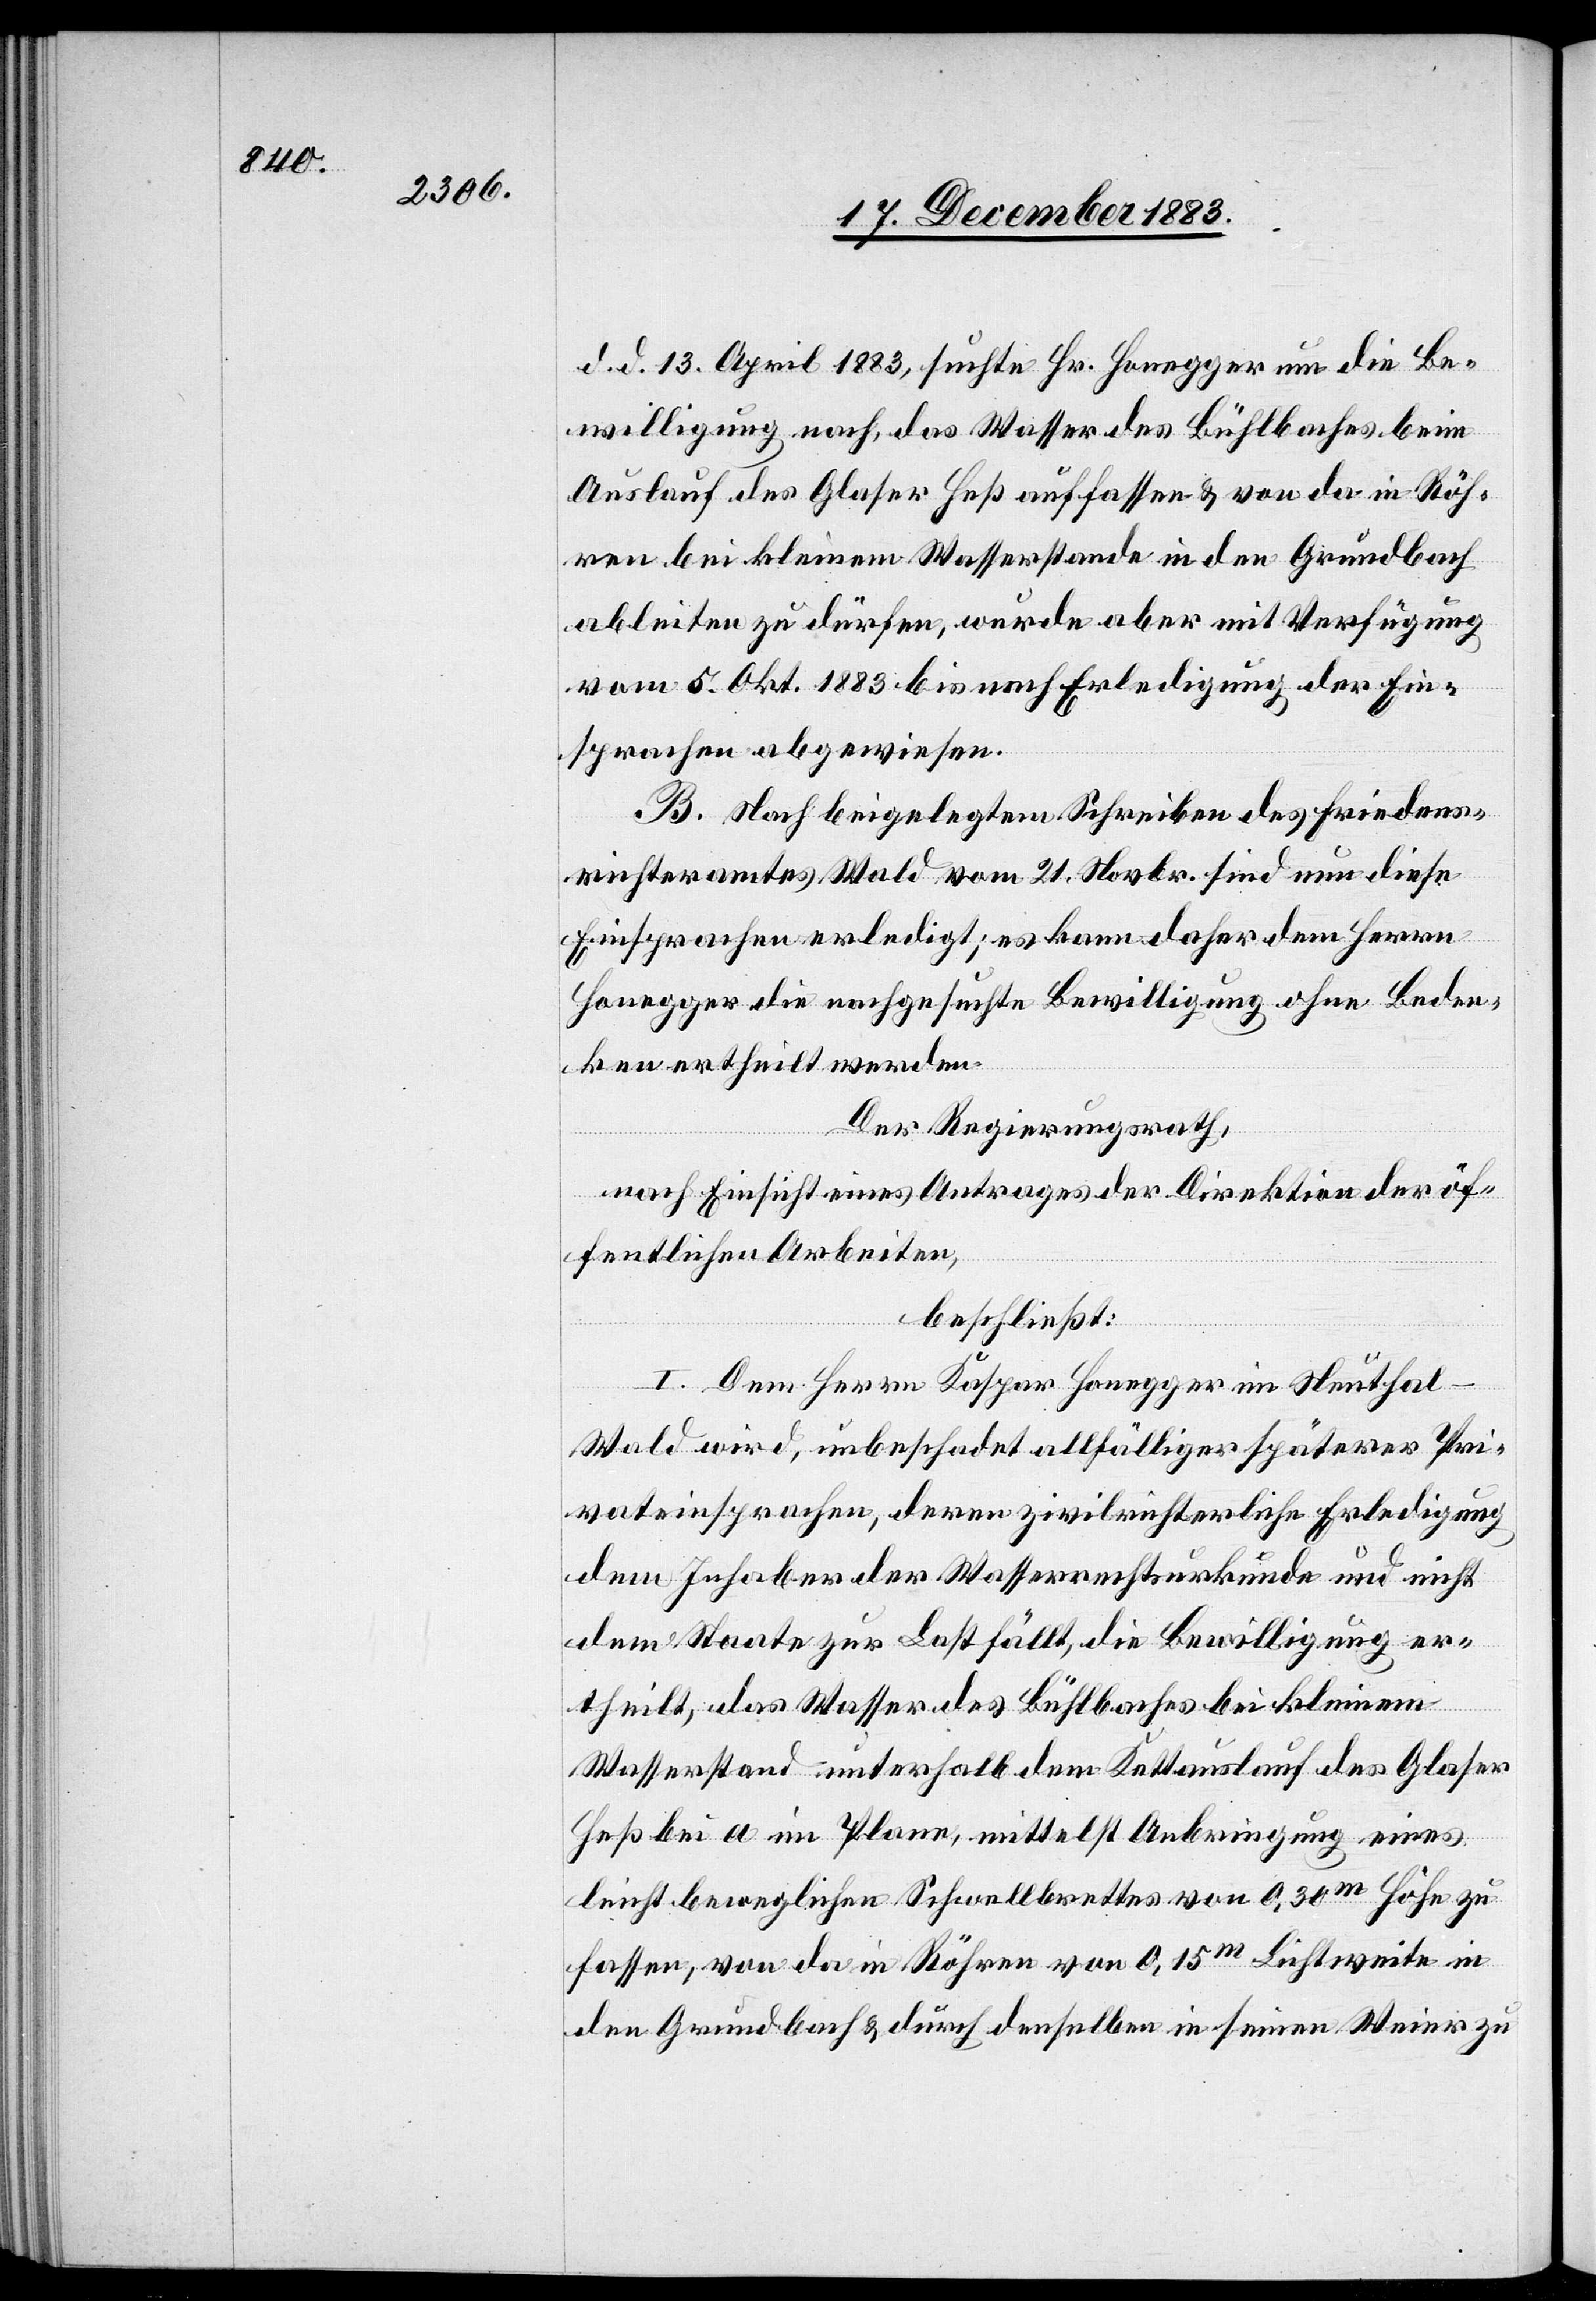
d. d. 13. April 1883, suchte Hr. Honegger um die Be¬
willigung nach, das Wasser des Bühlbaches beim
Auslauf des Glaser Heß auffassen & von da in Röh¬
ren bei kleinem Wasserstande in den Grundbach
ableiten zu dürfen, wurde aber mit Verfügung
vom 5. Okt. 1883 bis nach Erledigung der Ein¬
sprachen abgewiesen.
B. Nach beigelegtem Schreiben des Friedens¬
richteramtes Wald vom 21. Novbr. sind um diese
Einsprachen erledigt; es kann daher dem Herrn
Honegger die nachgesuchte Bewilligung ohne Beden¬
ken ertheilt werden.
Der Regierungsrath,
nach Einsicht eines Antrages der Direktion der öf¬
fentlichen Arbeiten,
beschließt:
I. Dem Herrn Kaspar Honegger im Neuthal
Wald wird, unbeschadet allfälliger späterer Pri¬
vateinsprachen, deren zivilrichterliche Erledigung
dem Inhaber der Wasserrechtsurkunde und nicht
dem Staate zur Last fällt, die Bewilligung er¬
theilt, das Wasser des Bühlbaches bei kleinem
Wasserstand unterhalb dem Kettauslauf des Glaser
Heß bei a im Plane, mittelst Anbringung eines
leicht beweglichen Schwellbrettes von 0,30m Höhe zu
fassen, von da in Röhren von 0,15m Lichtweite in
den Grundbach & durch denselben in seinen Weier zu